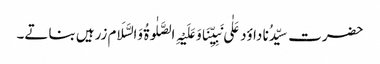
حضرت سیِّدُنا داؤد عَلٰی نَبِیِّنَاوَعَلَیْہِ الصَّلٰوۃُ وَالسَّلَام زرہیں بناتے۔